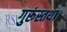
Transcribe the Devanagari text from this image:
गुरूंस्तथा।